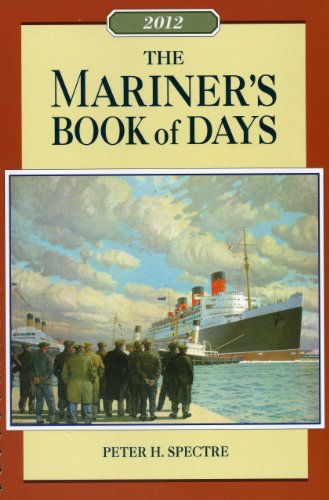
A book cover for The Mariner's Book of Days 2012; Peter H. Spectre; Calendars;